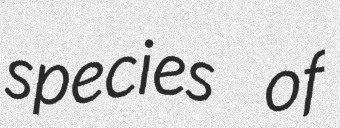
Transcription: species of